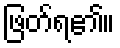
ဖြတ်ရ၏။